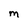
Character: M